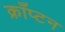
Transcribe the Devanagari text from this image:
क्राँप्टन